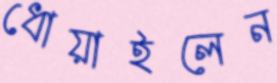
ধোয়াইলেন